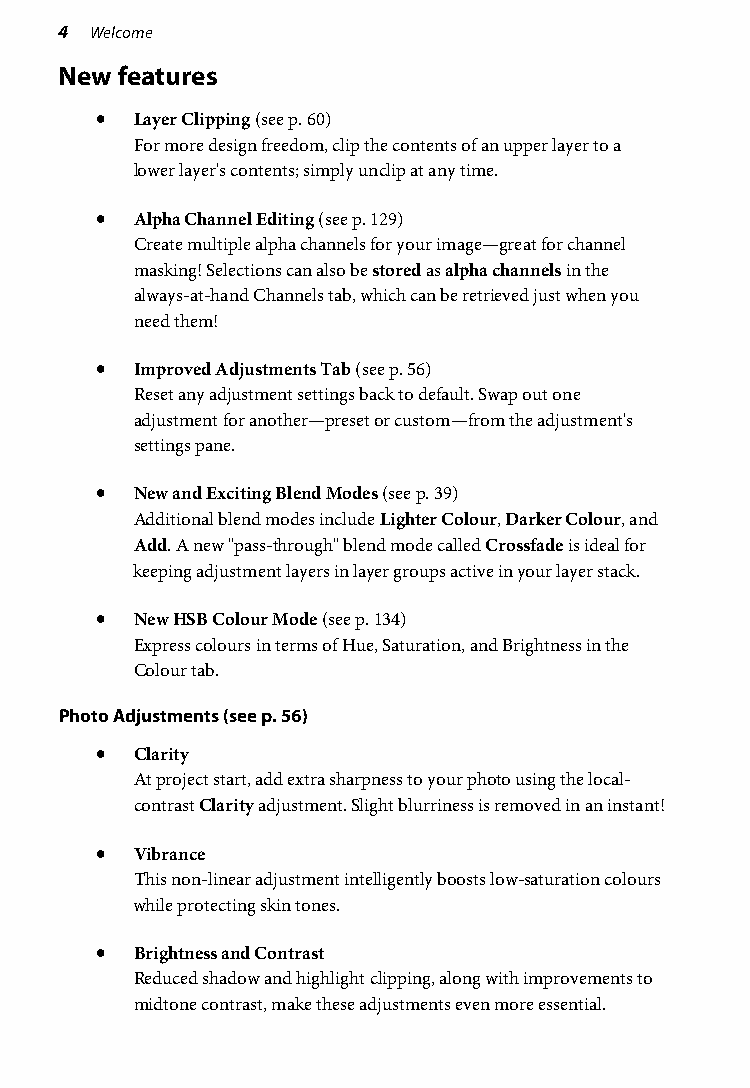
4 Welcome
 New features
 •  Layer Clipping (see p. 60)
 For more design freedom, clip the contents of an upper layer to a
 lower layer's contents; simply unclip at any time.
 •  Alpha Channel Editing (see p. 129)
 Create multiple alpha channels for your image—great for channel
 masking! Selections can also be stored as alpha channels in the
 always-at-hand Channels tab, which can be retrieved just when you
 need them!
 •  Improved Adjustments Tab (see p. 56)
 Reset any adjustment settings back to default. Swap out one
 adjustment for another—preset or custom—from the adjustment's
 settings pane.
 •  New and Exciting Blend Modes (see p. 39)
 Additional blend modes include Lighter Colour, Darker Colour, and
 Add. A new "pass-through" blend mode called Crossfade is ideal for
 keeping adjustment layers in layer groups active in your layer stack.
 •  New HSB Colour Mode (see p. 134)
 Express colours in terms of Hue, Saturation, and Brightness in the
 Colour tab.
 Photo Adjustments (see p. 56)
 •  Clarity
 At project start, add extra sharpness to your photo using the local-
 contrast Clarity adjustment. Slight blurriness is removed in an instant!
 •  Vibrance
 This non-linear adjustment intelligently boosts low-saturation colours
 while protecting skin tones.
 •  Brightness and Contrast
 Reduced shadow and highlight clipping, along with improvements to
 midtone contrast, make these adjustments even more essential.